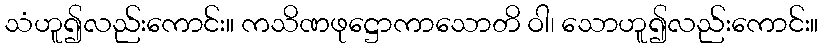
သံဟူ၍လည်းကောင်း။ ကသိဏဖုဋ္ဌောကာသောတိ ဝါ၊ သောဟူ၍လည်းကောင်း။